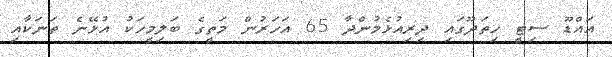
އައްޑޫ ސިޓީ ހިތަދޫގައި ދިރިއުޅެމުންދާ 65 އަހަރުން މަތީގެ ބަލިމީހަކު އުޅޭނެ ތަނަކާއި